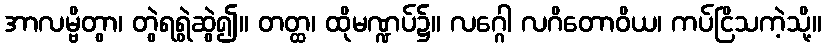
အာလမ္ဗိတွာ၊ တွဲရရွဲဆွဲ၍။ တတ္ထ၊ ထိုမဏ္ဍပ်၌။ လဂ္ဂေါ လဂိတောဝိယ၊ ကပ်ငြိသကဲ့သို့။